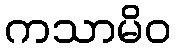
ကသာမိဝ